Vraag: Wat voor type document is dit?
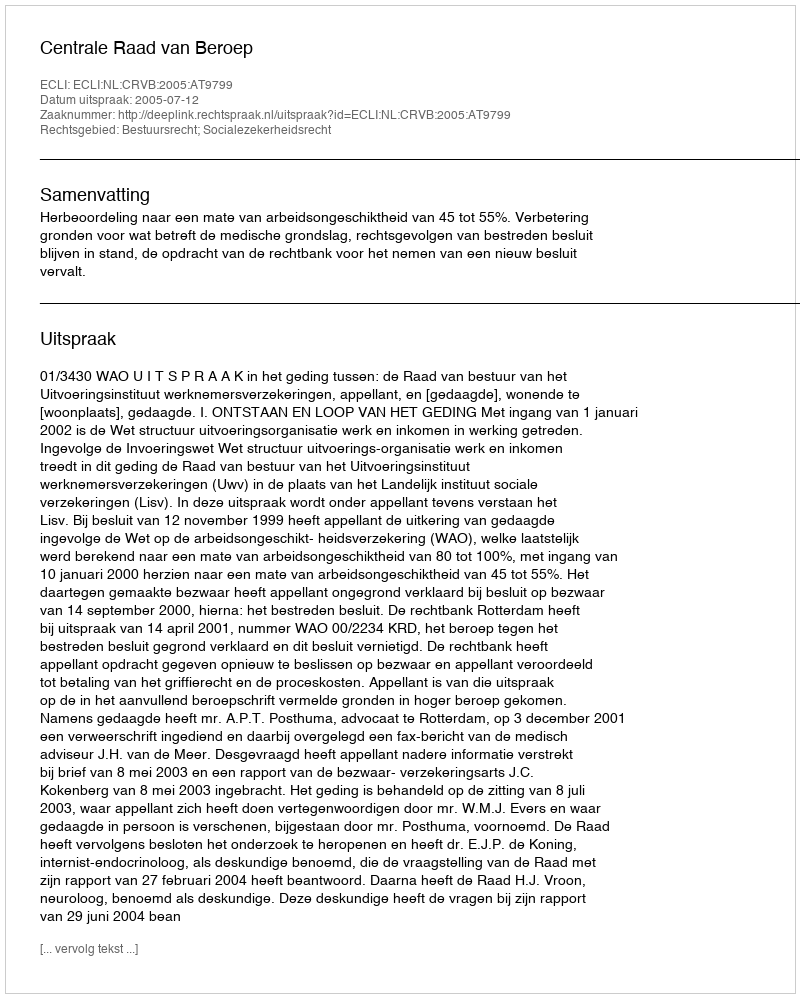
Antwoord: Uitspraak